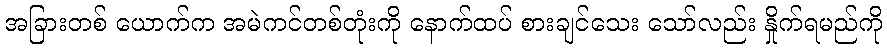
အခြားတစ် ယောက်က အမဲကင်တစ်တုံးကို နောက်ထပ် စားချင်သေး သော်လည်း နှိုက်ရမည်ကို